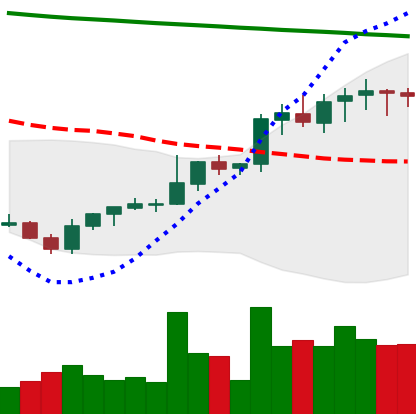
Ticker: LINK-USD
Chart end date: 2021-08-06
Forward return: 8.748%
Label: up_7plus